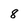
Character: 8